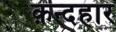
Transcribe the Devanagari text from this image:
क़न्दहार